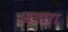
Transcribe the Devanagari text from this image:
सवारा